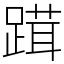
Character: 䠜